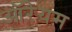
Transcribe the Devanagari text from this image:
ऑरेयम